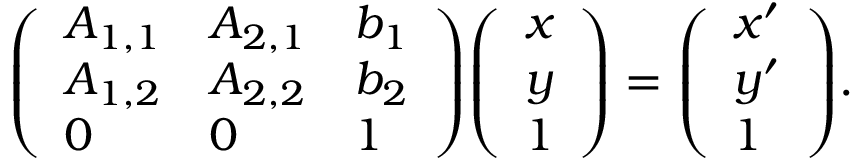
{ \left( \begin{array} { l l l } { A _ { 1 , 1 } } & { A _ { 2 , 1 } } & { b _ { 1 } } \\ { A _ { 1 , 2 } } & { A _ { 2 , 2 } } & { b _ { 2 } } \\ { 0 } & { 0 } & { 1 } \end{array} \right) } { \left( \begin{array} { l } { x } \\ { y } \\ { 1 } \end{array} \right) } = { \left( \begin{array} { l } { x ^ { \prime } } \\ { y ^ { \prime } } \\ { 1 } \end{array} \right) } .